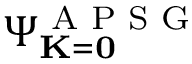
\Psi _ { { \bf K } = { \bf 0 } } ^ { \textrm { A P S G } }